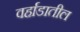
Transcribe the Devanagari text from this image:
वर्हाडातील